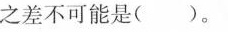
之差不可能是()。